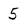
Character: 5